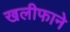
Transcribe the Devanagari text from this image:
खलीफाने